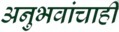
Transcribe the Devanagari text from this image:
अनुभवांचाही